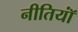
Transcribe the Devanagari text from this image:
नीतियॉं